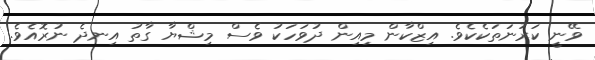
ވޭނީ ކަރުނަތަކެކެވެ. އިޒްކާން މިއިން ދުވަހަކު ވެސް މިޝްޔާ ގާތު އިނދެ ނުރޮއެވެ.